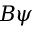
B \psi